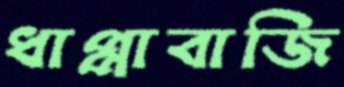
ধাপ্পাবাজি